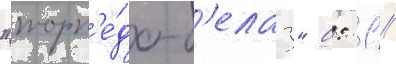
"торп'е́до-б'елаз" 0: 1 //